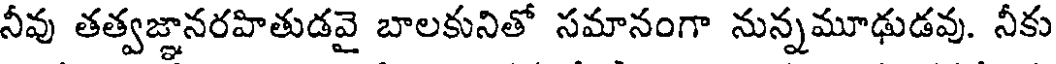
నీవు తత్వజ్ఞానరహితుడవై బాలకునితో సమానంగా నున్నమూఢుడవు. నీకు